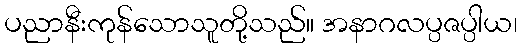
ပညာနီးကုန်သောသူတို့သည်။ အနာဂလပ္ပဇပ္ပါယ၊